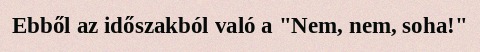
Ebből az időszakból való a "Nem, nem, soha!"